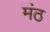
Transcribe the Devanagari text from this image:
मंठ